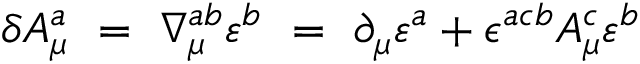
\delta A _ { \mu } ^ { a } \ = \ \nabla _ { \mu } ^ { a b } \varepsilon ^ { b } \ = \ \partial _ { \mu } \varepsilon ^ { a } + \epsilon ^ { a c b } A _ { \mu } ^ { c } \varepsilon ^ { b }